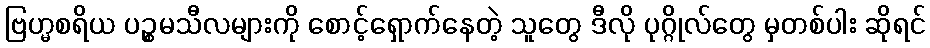
ဗြဟ္မစရိယ ပဉ္စမသီလများကို စောင့်ရှောက်နေတဲ့ သူတွေ ဒီလို ပုဂ္ဂိုလ်တွေ မှတစ်ပါး ဆိုရင်